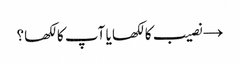
→ نصیب کا لکھا یا آپ کا لکھا؟